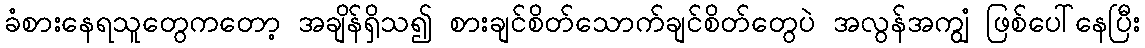
ခံစားနေရသူတွေကတော့ အချိန်ရှိသ၍ စားချင်စိတ်သောက်ချင်စိတ်တွေပဲ အလွန်အကျွံ ဖြစ်ပေါ်နေပြီး